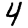
Digit: 4